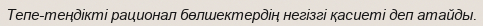
Тепе-теңдікті рационал бөлшектердің негізгі қасиеті деп атайды.